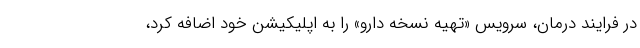
در فرایند درمان، سرویس «تهیه نسخه دارو» را به اپلیکیشن خود اضافه کرد،